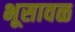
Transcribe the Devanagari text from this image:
भूसावळ